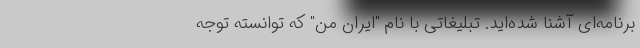
برنامه‌ای آشنا شده‌اید. تبلیغاتی با نام "ایران من" که توانسته توجه